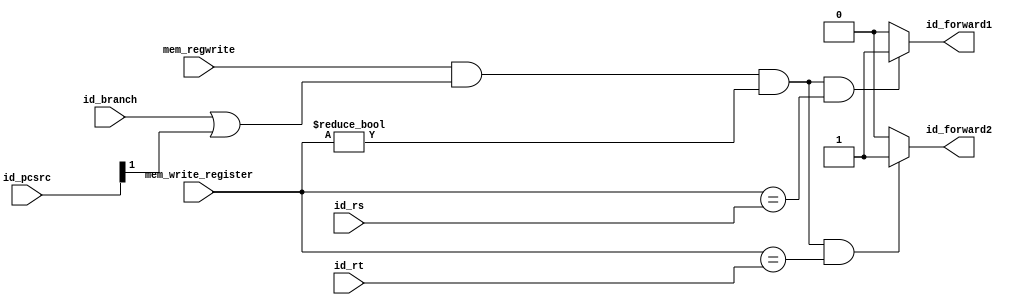
`timescale 1ns / 1ps
//////////////////////////////////////////////////////////////////////////////////
// Company: 
// Engineer: 
// 
// Design Name: 
// Module Name: ID_FORWARD
// Project Name: 
// Target Devices: 
// Tool Versions: 
// Description: 
// 
// Dependencies: 
// 
// Revision:
// Revision 0.01 - File Created
// Additional Comments:
// 
//////////////////////////////////////////////////////////////////////////////////


module ID_FORWARD(
    input wire[4:0] id_rs,
    input wire[4:0] id_rt,
    input wire id_branch,
    input wire[1:0] id_pcsrc,
    input wire mem_regwrite,
    input wire[4:0]mem_write_register,
    output reg id_forward1,
    output reg id_forward2
    );
    always@(*)begin
    if(mem_regwrite&& (id_branch==1||id_pcsrc[1]==1)&& mem_write_register!=0 && mem_write_register == id_rs)
        id_forward1 =1'b1;
    else 
        id_forward1 = 0;
        
    if(mem_regwrite &&(id_branch==1 || id_pcsrc[1]==1) && mem_write_register!=0 &&mem_write_register == id_rt)
        id_forward2 = 1'b1;
    else
        id_forward2 = 0;
    end
endmodule